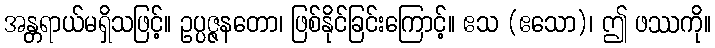
အန္တရာယ်မရှိသဖြင့်။ ဥပ္ပဇ္ဇနတော၊ ဖြစ်နိုင်ခြင်းကြောင့်။ ဧသ (ဧသော)၊ ဤ ဖဿကို။